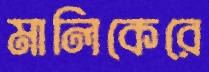
মালিকেরে